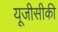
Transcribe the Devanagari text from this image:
यूजीसीकी